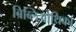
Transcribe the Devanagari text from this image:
बिब्लिओथिका